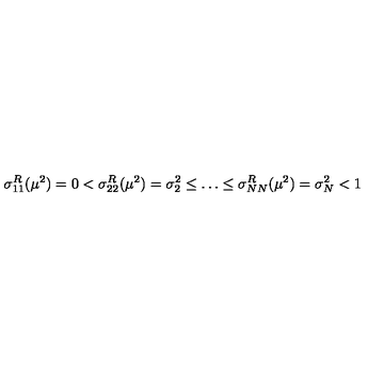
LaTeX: \sigma _ { 1 1 } ^ { R } ( \mu ^ { 2 } ) = 0 < \sigma _ { 2 2 } ^ { R } ( \mu ^ { 2 } ) = \sigma _ { 2 } ^ { 2 } \leq \dots \leq \sigma _ { N N } ^ { R } ( \mu ^ { 2 } ) = \sigma _ { N } ^ { 2 } < 1